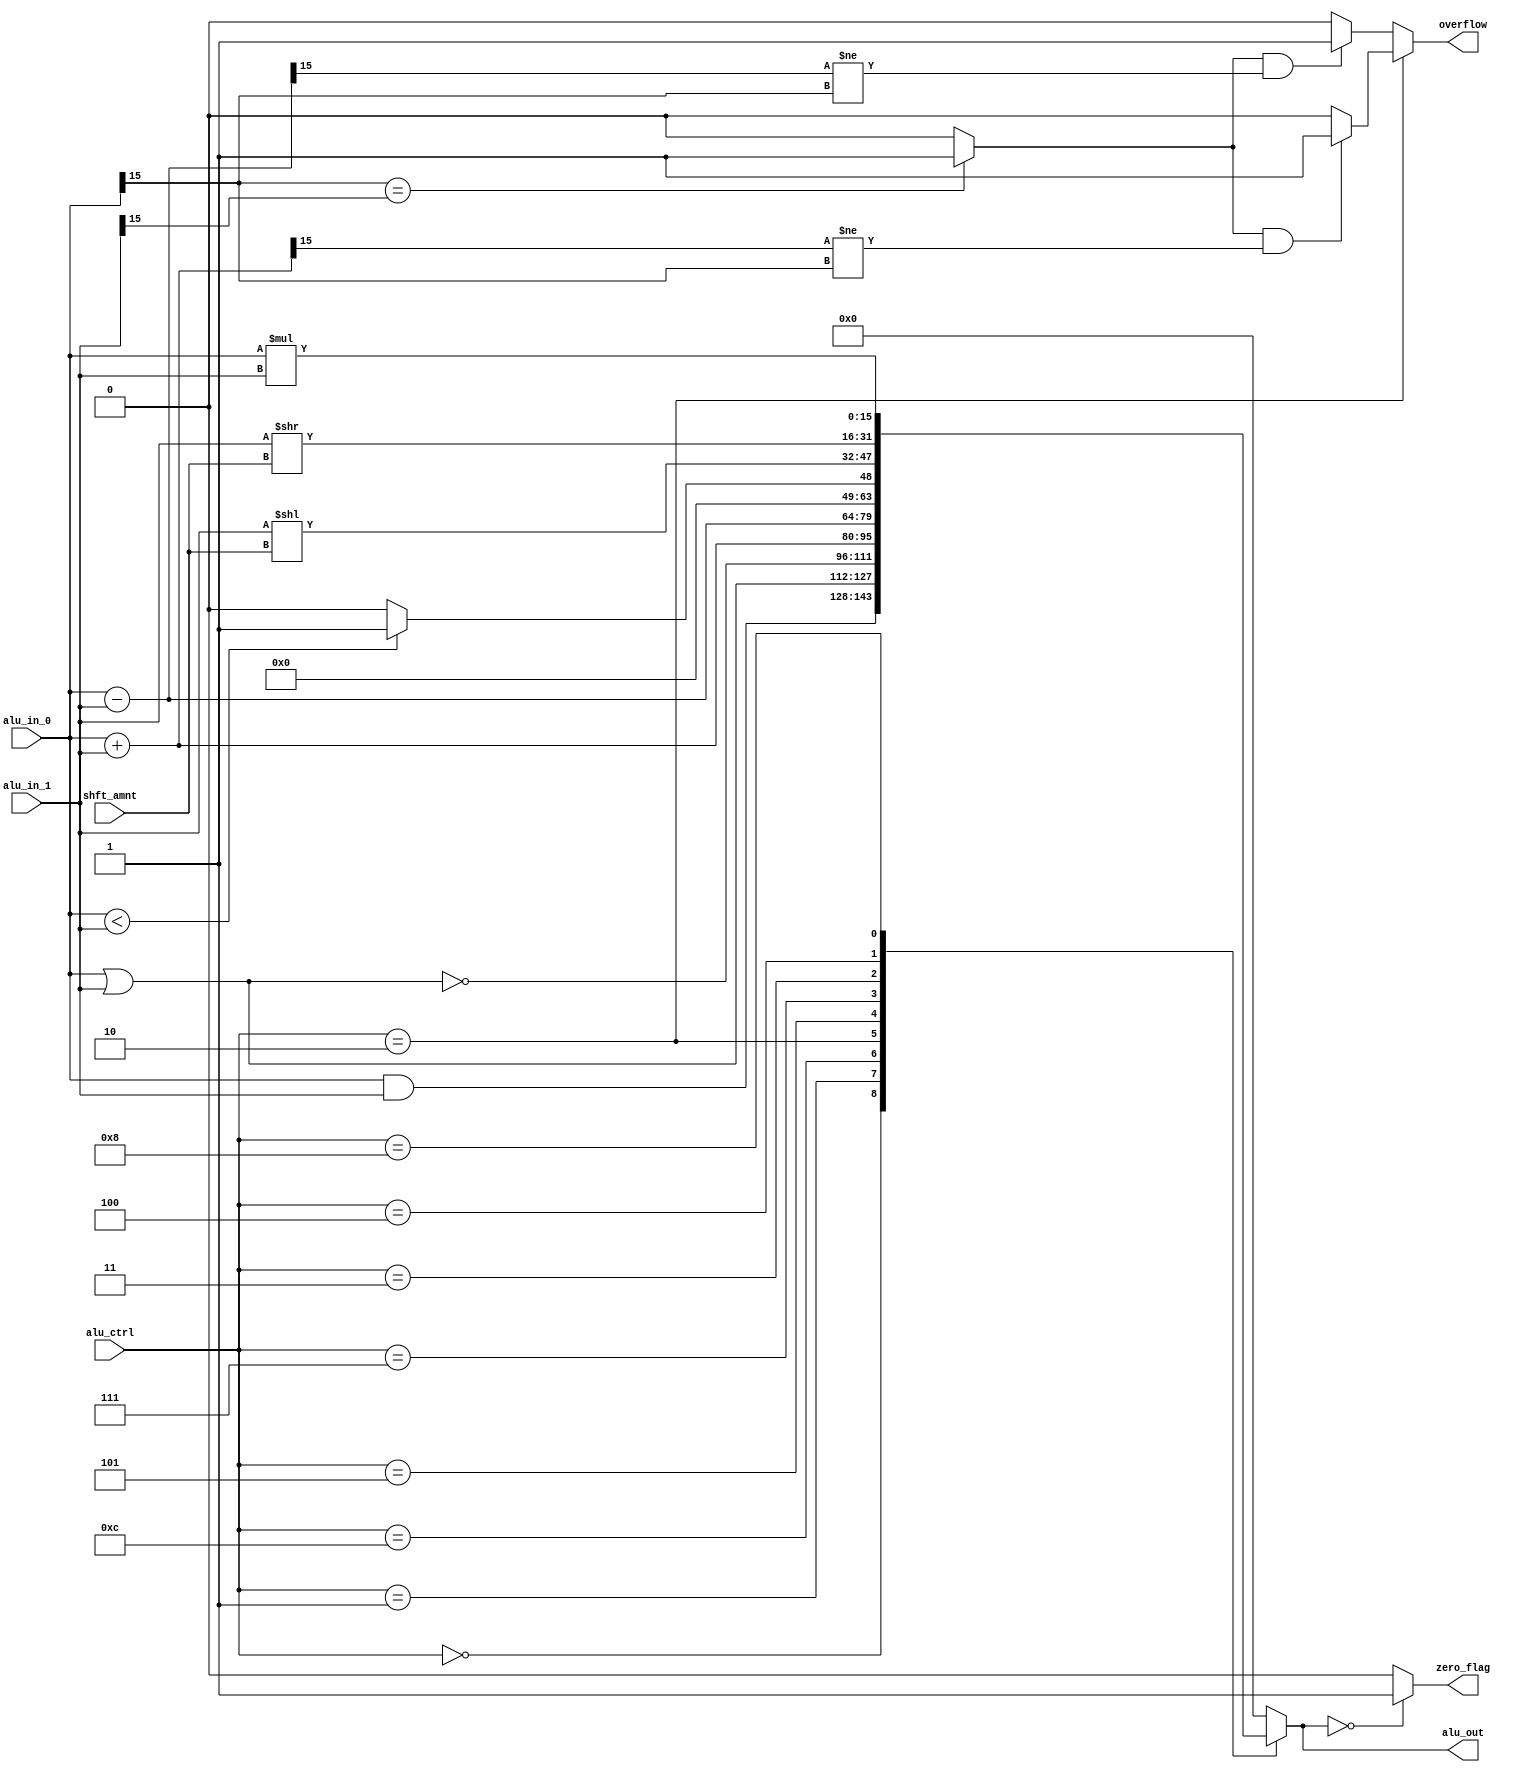
//Module: ALU
//Function: The ALU is a combinational circuit that executes the arithmetic or logical operation taking into account the control signals and input operands.
//Inputs:
//alu_in_0 (16 bits):  First operand
//alu_in_1 (16 bits): Second operand
//alu_ctrl (4 bits): Signal generated by the control unit to select one of the artihmetic or logical operations.
//shf_amnt (5 bits): Number of bits to shift for a shift instruction.
//Outputs:
//alu_out (16 bits): Result of the arithmetic or logical operation.
//zero_flag: If the result of the ALU is zero this signal is asserted.


module alu #(
   parameter integer DATA_W = 16
   )(
		input   wire signed [DATA_W-1:0] alu_in_0,
      input   wire signed [DATA_W-1:0] alu_in_1,
      input   wire        [       3:0] alu_ctrl,
      input   wire        [       4:0] shft_amnt,
		output  reg  signed [DATA_W-1:0] alu_out,
		output  reg		                  zero_flag,
      output  reg                      overflow
   );

   //The alu control codes can be found
   //in chapter 4.4 of the book.
   //PARAMETER DECLARATION
   
   parameter [3:0] AND_OP = 4'd0;
   parameter [3:0]  OR_OP = 4'd1;
   parameter [3:0] ADD_OP = 4'd2;
   parameter [3:0] SLL_OP = 4'd3;
   parameter [3:0] SRL_OP = 4'd4;
   parameter [3:0] SUB_OP = 4'd5;
   parameter [3:0] SLT_OP = 4'd7;
   parameter [3:0] NOR_OP = 4'd12;
   parameter [3:0] MULT_OP= 4'd8;


   //REG AND WIRE DECLARATION
   reg signed [DATA_W-1:0] sub_out,add_out,and_out,or_out,
                           nor_out,slt_out, sll_out, srl_out, mult_out;
	reg 		               overflow_add,overflow_sub,
                           msb_equal_flag;
   
   
   
   //ZERO FLAG 
   //
   //Statements like this can be written in a more
   //compact way in Verilog:
   //always@(*) zero_flag = (data_out=='b0);
   //They are written here in a more verbose way for clarity.

   always@(*)begin
      if(alu_out == 'b0) begin
         zero_flag = 1'b1;
      end else begin
         zero_flag = 1'b0;
      end
   end

   //ARITHMETIC and LOGIC OPERATIONS
   always@(*)begin
      add_out  =   alu_in_0 + alu_in_1;
      sll_out  =   alu_in_1 << shft_amnt;
      srl_out  =   alu_in_1 >> shft_amnt;
      sub_out  =   alu_in_0 - alu_in_1;
      and_out  =   alu_in_0 & alu_in_1;
      or_out   =   alu_in_0 | alu_in_1;
      nor_out  = ~(alu_in_0 | alu_in_1);
      mult_out =   alu_in_0 * alu_in_1;
      slt_out  =  (alu_in_0 < alu_in_1) ? 1:0;        //Zero extend the 1 bit slt flag to a DATA_W bit value     
   end

   //This block will translate into a multiplexer, where alu_ctrl
   //will act as the selection signal between the different hardware sub
   //blocks described above
	always @(*) begin
		case (alu_ctrl)
			AND_OP:  alu_out = and_out;
			OR_OP:   alu_out =  or_out;
			NOR_OP:  alu_out = nor_out;
			ADD_OP:  alu_out = add_out;			
			SUB_OP:  alu_out = sub_out;
			SLT_OP:  alu_out = slt_out;
			SLL_OP:  alu_out = sll_out;
			SRL_OP:  alu_out = srl_out;
			MULT_OP: alu_out = mult_out;
			default: alu_out =     'd0;
		endcase
	end



   // OVERFLOW DETECTION
   always@(*)begin
      if(alu_in_0[DATA_W-1] == alu_in_1[DATA_W-1]) begin
         msb_equal_flag = 1'b1;
      end else begin
         msb_equal_flag = 1'b0;
      end
   end
   
   always@(*)begin
      if((msb_equal_flag == 1'b1) && (add_out[DATA_W-1] != alu_in_0[DATA_W-1]))begin
         overflow_add = 1'b1;
      end else begin
         overflow_add = 1'b0;
      end
   end

//   assign overflow_sub = (alu_in_0[DATA_W-1] == alu_in_1[DATA_W-1] && sub_out[DATA_W-1] != alu_in_0[DATA_W-1]) ? 1 : 0;

   always@(*)begin
      if((msb_equal_flag == 1'b1) && (sub_out[DATA_W-1] != alu_in_0[DATA_W-1]))begin
         overflow_sub = 1'b1;
      end else begin
         overflow_sub = 1'b0;
      end
   end



   always@(*)begin
      if(alu_ctrl == ADD_OP)
         overflow = overflow_add;
      else
         overflow = overflow_sub;
  end 


endmodule